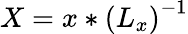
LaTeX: X=x*\left(L_{x}\right)^{-1}